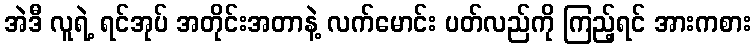
အဲဒီ လူရဲ့ ရင်အုပ် အတိုင်းအတာနဲ့ လက်မောင်း ပတ်လည်ကို ကြည့်ရင် အားကစား